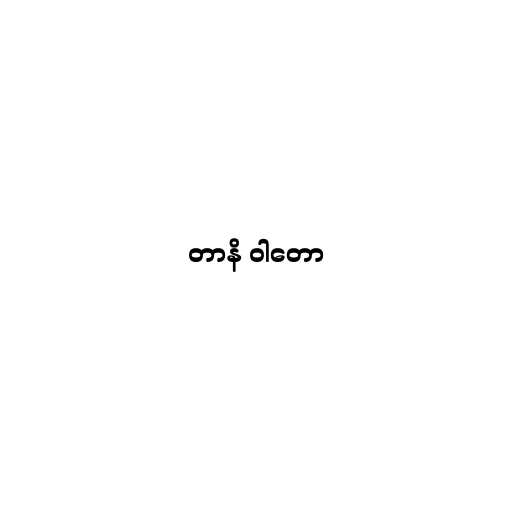
တာနိ ဝါတော